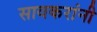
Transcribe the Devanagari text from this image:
सावकरांनी